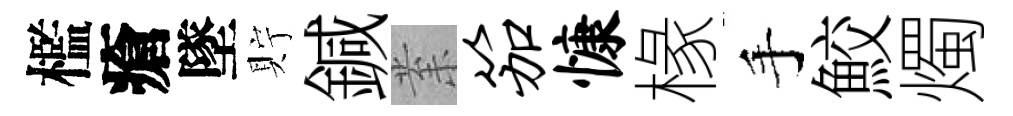
檻瘡墜貯鍼𭪙笳慷椽手鮫燭